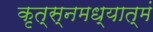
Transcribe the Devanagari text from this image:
कृत्स्नमध्यात्मं